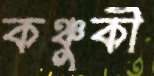
কঞ্চুকী